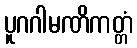
ပူဂဂါမဏိကတ္တံ